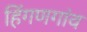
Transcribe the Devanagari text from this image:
हिंगणगांव